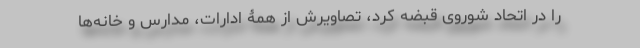
را در اتحاد شوروی قبضه کرد، تصاویرش از همۀ ادارات، مدارس و خانه‌ها